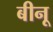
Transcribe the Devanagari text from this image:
बीनू